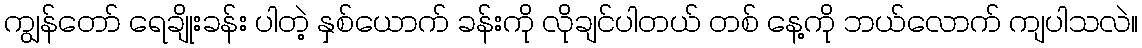
ကျွန်တော် ရေချိုးခန်း ပါတဲ့ နှစ်ယောက် ခန်းကို လိုချင်ပါတယ် တစ် နေ့ကို ဘယ်လောက် ကျပါသလဲ။